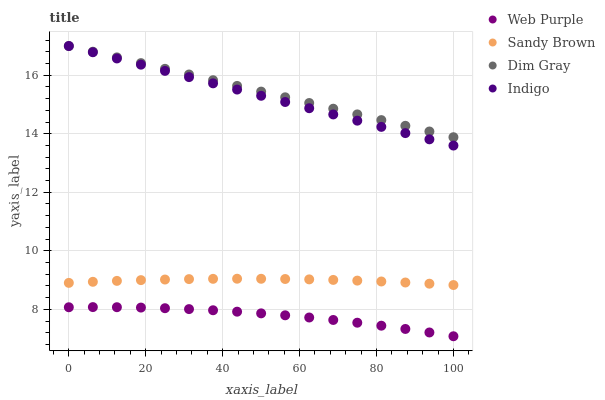
| xaxis_label | Web Purple | Sandy Brown | Dim Gray | Indigo |
 | --- | --- | --- | --- | --- |
 | 0 | 8.07 | 8.9 | 17 | 17 |
 | 6.25 | 8.08 | 8.94 | 16.8 | 16.8 |
 | 12.5 | 8.07 | 8.97 | 16.6 | 16.6 |
 | 18.8 | 8.06 | 9 | 16.4 | 16.4 |
 | 25 | 8.04 | 9.02 | 16.2 | 16.1 |
 | 31.2 | 8.01 | 9.03 | 16 | 15.9 |
 | 37.5 | 7.97 | 9.04 | 15.8 | 15.7 |
 | 43.8 | 7.92 | 9.05 | 15.6 | 15.5 |
 | 50 | 7.86 | 9.04 | 15.4 | 15.3 |
 | 56.2 | 7.8 | 9.04 | 15.2 | 15.1 |
 | 62.5 | 7.72 | 9.02 | 15.1 | 14.9 |
 | 68.8 | 7.64 | 9.01 | 14.9 | 14.7 |
 | 75 | 7.54 | 8.98 | 14.7 | 14.4 |
 | 81.2 | 7.44 | 8.95 | 14.5 | 14.2 |
 | 87.5 | 7.33 | 8.92 | 14.3 | 14 |
 | 93.8 | 7.21 | 8.88 | 14.1 | 13.8 |
 | 100 | 7.08 | 8.83 | 13.9 | 13.6 |